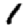
Digit: 1